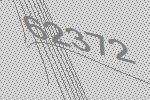
62372